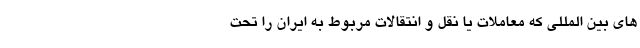
های بین المللی که معاملات یا نقل و انتقالات مربوط به ایران را تحت